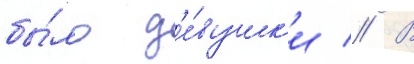
бы́ло д'е́вушк'и // В